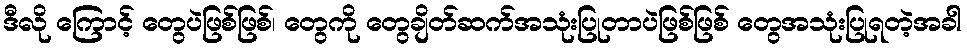
ဒီလို ကြောင့် တွေပဲဖြစ်ဖြစ်၊ တွေကို တွေချိတ်ဆက်အသုံးပြုတာပဲဖြစ်ဖြစ် တွေအသုံးပြုရတဲ့အခါ